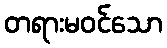
တရားမဝင်သော